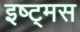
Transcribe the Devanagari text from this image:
इष्ट्मस